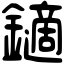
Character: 𨮹